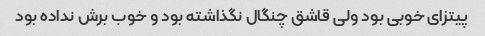
پیتزای خوبی بود ولی قاشق چنگال نگذاشته بود و خوب برش نداده بود